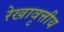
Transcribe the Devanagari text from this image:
रेखावृत्तीय